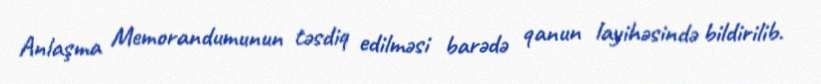
Anlaşma Memorandumunun təsdiq edilməsi barədə qanun layihəsində bildirilib.